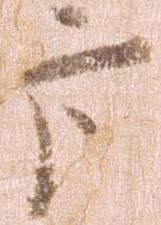
方